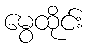
မွေထိုင်း